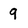
Character: 9